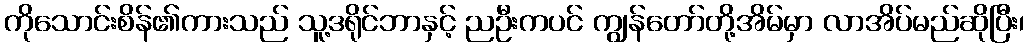
ကိုသောင်းစိန်၏ကားသည် သူ့ဒရိုင်ဘာနှင့် ညဦးကပင် ကျွန်တော်တို့အိမ်မှာ လာအိပ်မည်ဆိုပြီး၊